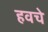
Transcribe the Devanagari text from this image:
हवचे